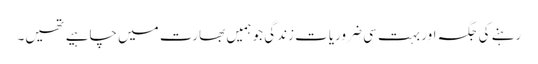
رہنے کی جگہ اور بہت سی ضروریاتِ زندگی جو ہمیں بھارت میں چاہیے تھیں۔